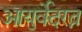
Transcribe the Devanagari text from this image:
आयुर्वेदरत्न